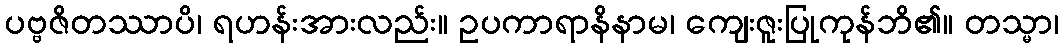
ပဗ္ဗဇိတဿာပိ၊ ရဟန်းအားလည်း။ ဥပကာရာနိနာမ၊ ကျေးဇူးပြုကုန်ဘိ၏။ တသ္မာ၊